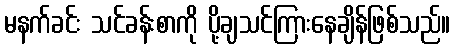
မနက်ခင်း သင်ခန်းစာကို ပို့ချသင်ကြားနေချိန်ဖြစ်သည်။